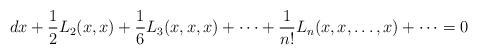
LaTeX: \begin{align*}dx +\frac12L_2(x,x)+\frac16L_3(x,x,x)+\dots+\frac1{n!}L_n(x,x,\dots,x)+\dots=0\end{align*}